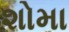
શોમા